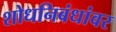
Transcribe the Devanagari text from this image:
शोधनिबंधांवर